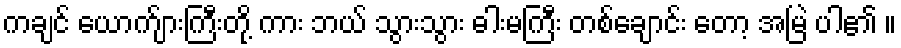
ကချင် ယောက်ျားကြီးတို့ ကား ဘယ် သွားသွား ဓါးမကြီး တစ်ချောင်း တော့ အမြဲ ပါ၏ ။